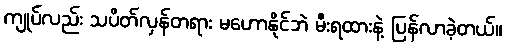
ကျုပ်လည်း သပိတ်လှန်တရား မဟောနိုင်ဘဲ မီးရထားနဲ့ ပြန်လာခဲ့တယ်။